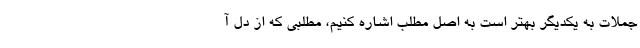
جملات به یکدیگر بهتر است به اصل مطلب اشاره کنیم، مطلبی که از دل آ